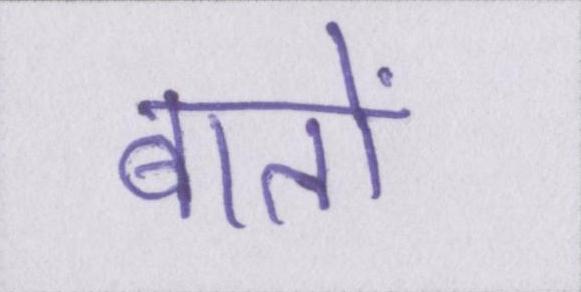
बातों